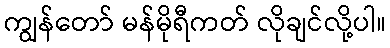
ကျွန်တော် မန်မိုရီကတ် လိုချင်လို့ပါ။